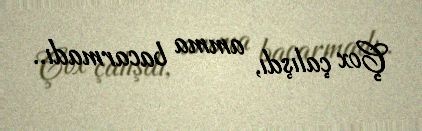
Çox çalışdı, amma bacarmadı..